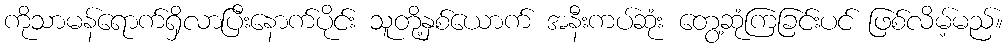
ကိုသာမန်ရောက်ရှိလာပြီးနောက်ပိုင်း သူတို့နှစ်ယောက် အနီးကပ်ဆုံး တွေ့ဆုံကြခြင်းပင် ဖြစ်လိမ့်မည်။